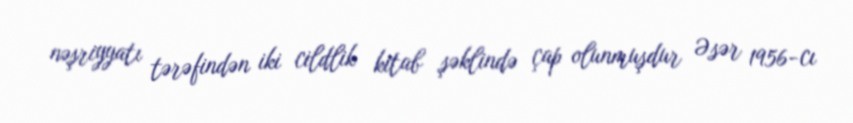
nəşriyyatı tərəfindən iki cildlik kitab şəklində çap olunmuşdur Əsər 1956-cı